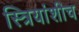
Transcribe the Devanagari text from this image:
स्त्रियांशीच